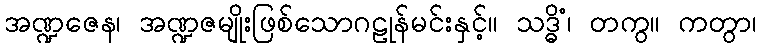
အဏ္ဍဇေန၊ အဏ္ဍဇမျိုးဖြစ်သောဂဠုန်မင်းနှင့်။ သဒ္ဓိံ၊ တကွ။ ကတွာ၊